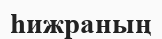
һижраның